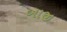
બાજી